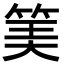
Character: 𥮅